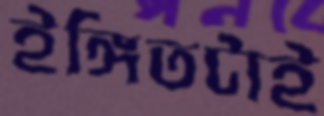
ইঙ্গিতটাই